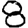
Digit: 8